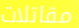
مقاتلات